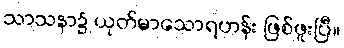
သာသနာ၌ ယုတ်မာသောရဟန်း ဖြစ်ဖူးပြီ။